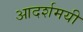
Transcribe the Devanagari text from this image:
आदर्शमयी